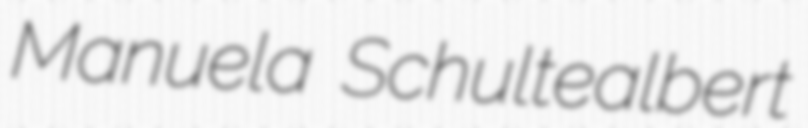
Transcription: Manuela Schultealbert